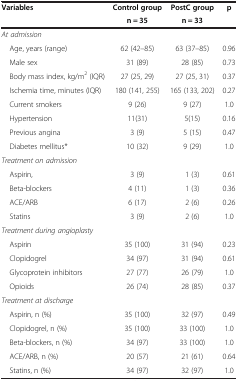
<table><thead><tr><td><b>Variables</b></td><td><b>Control group</b></td><td><b>PostC group</b></td><td><b>p</b></td></tr><tr><td><b> </b></td><td><b>n = 35</b></td><td><b>n = 33</b></td><td><b> </b></td></tr></thead><tbody><tr><td><i>At admission</i></td><td> </td><td> </td><td> </td></tr><tr><td> Age, years (range)</td><td>62 (42–85)</td><td>63 (37–85)</td><td>0.96</td></tr><tr><td> Male sex</td><td>31 (89)</td><td>28 (85)</td><td>0.73</td></tr><tr><td> Body mass index, kg/m<sup>2</sup> (IQR)</td><td>27 (25, 29)</td><td>27 (25, 31)</td><td>0.37</td></tr><tr><td> Ischemia time, minutes (IQR)</td><td>180 (141, 255)</td><td>165 (133, 202)</td><td>0.27</td></tr><tr><td> Current smokers</td><td>9 (26)</td><td>9 (27)</td><td>1.0</td></tr><tr><td> Hypertension</td><td>11(31)</td><td>5(15)</td><td>0.16</td></tr><tr><td> Previous angina</td><td>3 (9)</td><td>5 (15)</td><td>0.47</td></tr><tr><td> Diabetes mellitus*</td><td>10 (32)</td><td>9 (29)</td><td>1.0</td></tr><tr><td><i>Treatment on admission</i></td><td> </td><td> </td><td> </td></tr><tr><td> Aspirin,</td><td>3 (9)</td><td>1 (3)</td><td>0.61</td></tr><tr><td> Beta-blockers</td><td>4 (11)</td><td>1 (3)</td><td>0.36</td></tr><tr><td> ACE/ARB</td><td>6 (17)</td><td>2 (6)</td><td>0.26</td></tr><tr><td> Statins</td><td>3 (9)</td><td>2 (6)</td><td>1.0</td></tr><tr><td><i>Treatment during angioplasty</i></td><td> </td><td> </td><td> </td></tr><tr><td> Aspirin</td><td>35 (100)</td><td>31 (94)</td><td>0.23</td></tr><tr><td> Clopidogrel</td><td>34 (97)</td><td>31 (94)</td><td>0.61</td></tr><tr><td> Glycoprotein inhibitors</td><td>27 (77)</td><td>26 (79)</td><td>1.0</td></tr><tr><td> Opioids</td><td>26 (74)</td><td>28 (85)</td><td>0.37</td></tr><tr><td><i>Treatment at discharge</i></td><td> </td><td> </td><td> </td></tr><tr><td> Aspirin, n (%)</td><td>35 (100)</td><td>32 (97)</td><td>0.49</td></tr><tr><td> Clopidogrel, n (%)</td><td>35 (100)</td><td>33 (100)</td><td>1.0</td></tr><tr><td> Beta-blockers, n (%)</td><td>34 (97)</td><td>33 (100)</td><td>1.0</td></tr><tr><td> ACE/ARB, n (%)</td><td>20 (57)</td><td>21 (61)</td><td>0.64</td></tr><tr><td> Statins, n (%)</td><td>34 (97)</td><td>32 (97)</td><td>1.0</td></tr></tbody></table>